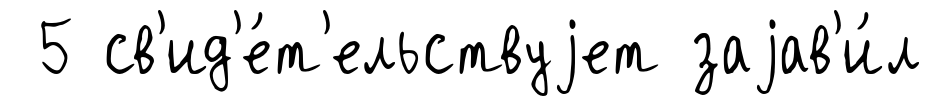
5 св'ид'е́т'ельствуjет заjав'и́л